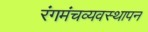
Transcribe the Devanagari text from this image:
रंगमंचव्यवस्थापन